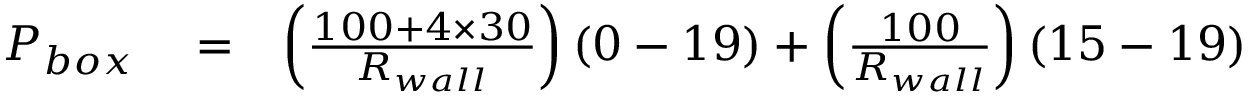
\begin{array} { r l r } { P _ { b o x } } & { { } = } & { \left( \frac { 1 0 0 + 4 \times 3 0 } { R _ { w a l l } } \right) \left( 0 - 1 9 \right) + \left( \frac { 1 0 0 } { R _ { w a l l } } \right) \left( 1 5 - 1 9 \right) } \end{array}